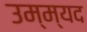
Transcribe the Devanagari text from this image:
उम्म्यद